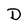
Character: D